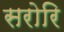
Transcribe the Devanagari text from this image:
सरोरि